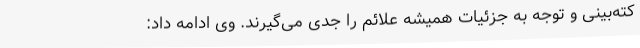
کته‌بینی و توجه به جزئیات همیشه علائم را جدی می‌گیرند. وی ادامه داد: